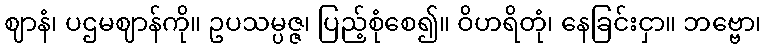
ဈာနံ၊ ပဌမဈာန်ကို။ ဥပသမ္ပဇ္ဇ၊ ပြည့်စုံစေ၍။ ဝိဟရိတုံ၊ နေခြင်းငှာ။ ဘဗ္ဗော၊